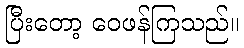
ပြီးတော့ ဝေဖန်ကြသည်။